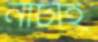
নাটাই